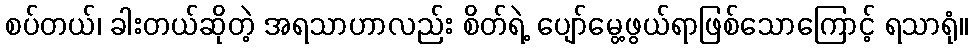
စပ်တယ်၊ ခါးတယ်ဆိုတဲ့ အရသာဟာလည်း စိတ်ရဲ့ ပျော်မွေ့ဖွယ်ရာဖြစ်သောကြောင့် ရသာရုံ။